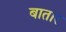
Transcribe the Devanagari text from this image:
बातार